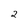
Character: 2